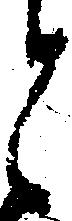
と